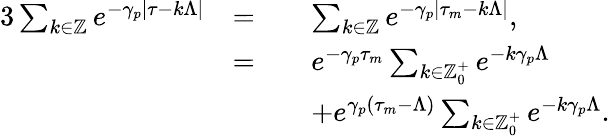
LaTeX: \begin{array}{rlrl}{{3}\sum_{k\in\mathbb{Z}}e^{-\gamma_{p}|\tau-k\Lambda|}}&{=}&&{\sum_{k\in\mathbb{Z}}e^{-\gamma_{p}|\tau_{m}-k\Lambda|},}\\ &{=}&&{e^{-\gamma_{p}\tau_{m}}\sum_{k\in\mathbb{Z}_{0}^{+}}e^{-k\gamma_{p}\Lambda}}\\ &{}&&{+e^{\gamma_{p}(\tau_{m}-\Lambda)}\sum_{k\in\mathbb{Z}_{0}^{+}}e^{-k\gamma_{p}\Lambda}.}\end{array}